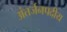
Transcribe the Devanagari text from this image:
अंतर्जनपदीय